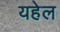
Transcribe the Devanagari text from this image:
यहेल